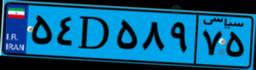
۷۴D۸۳۹۵۳